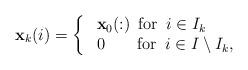
LaTeX: \begin{align*} {\bf x}_k(i) = \bigg\{ \begin{array}{ll}\ {\bf x}_0(:) \ \operatorname{for} \,\, i\in I_k \\\ 0 \ \ \ \ \ \, \operatorname{for} \,\, i\in I\setminus I_k,\end{array}\end{align*}